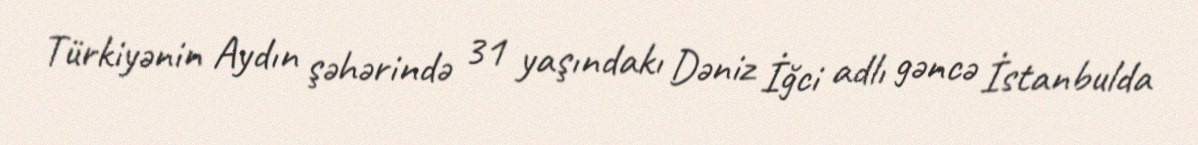
Türkiyənin Aydın şəhərində 31 yaşındakı Dəniz İğci adlı gəncə İstanbulda